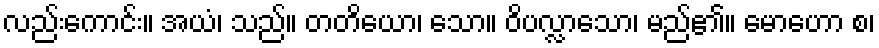
လည်းကောင်း။ အယံ၊ သည်။ တတိယော၊ သော။ ဝိပလ္လာသော၊ မည်၏။ မောဟော စ၊